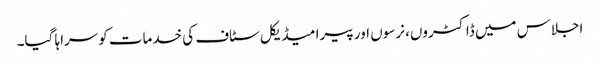
اجلاس میں ڈاکٹروں، نرسوں اور پیرا میڈیکل سٹاف کی خدمات کوسراہا گیا۔